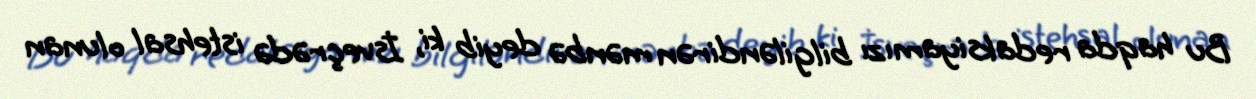
Bu haqda redaksiyamızı bilgiləndirən mənbə deyib ki, İsveçrədə istehsal olunan